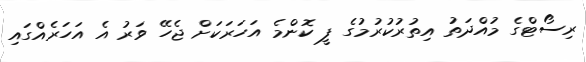
ރިސޯޓްގެ މުއްދަތު އިތުރުކުރުމުގެ ފީ ކޮންމެ އަހަރަކަށް ޖެހޭ ވަރު އެ އަހަރެއްގައި